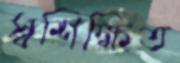
স্বশিক্ষিত